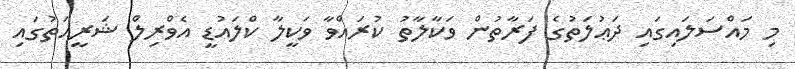
މި މައްސަލައިގައި ދަޢުލަތުގެ ފަރާތުން ވަކާލާތު ކުރައްވާ ވަކީލާ ކްލައުޑީ އެވްރިލް ޝަރީއަތުގައި